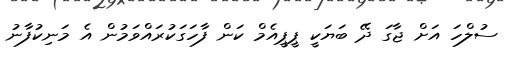
ސުލްހަ އަށް ޖާގަ ދޭ ބަޔަކީ ޕީޕީއެމް ކަން ފާހަގަކުރައްވަމުން އެ މަނިކުފާނު